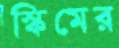
স্কিমের